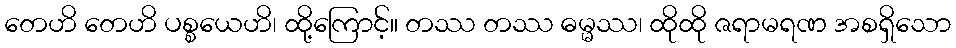
တေဟိ တေဟိ ပစ္စယေဟိ၊ ထို့ကြောင့်။ တဿ တဿ ဓမ္မဿ၊ ထိုထို ဇရာမရဏ အစရှိသော